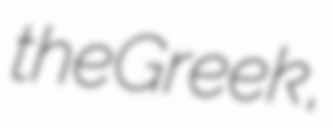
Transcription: the Greek Πενταρχία,